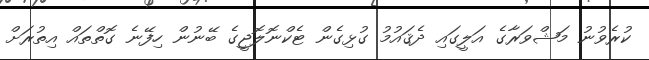
ކުރެވުނު މަޝްވަރާގެ އަލީގައި ދެޤައުމު ގުޅިގެން ޓެކްނޮލޮޖީގެ ބޭނުން ހިފޭނެ ގޮތްތައް އިތުރަށް